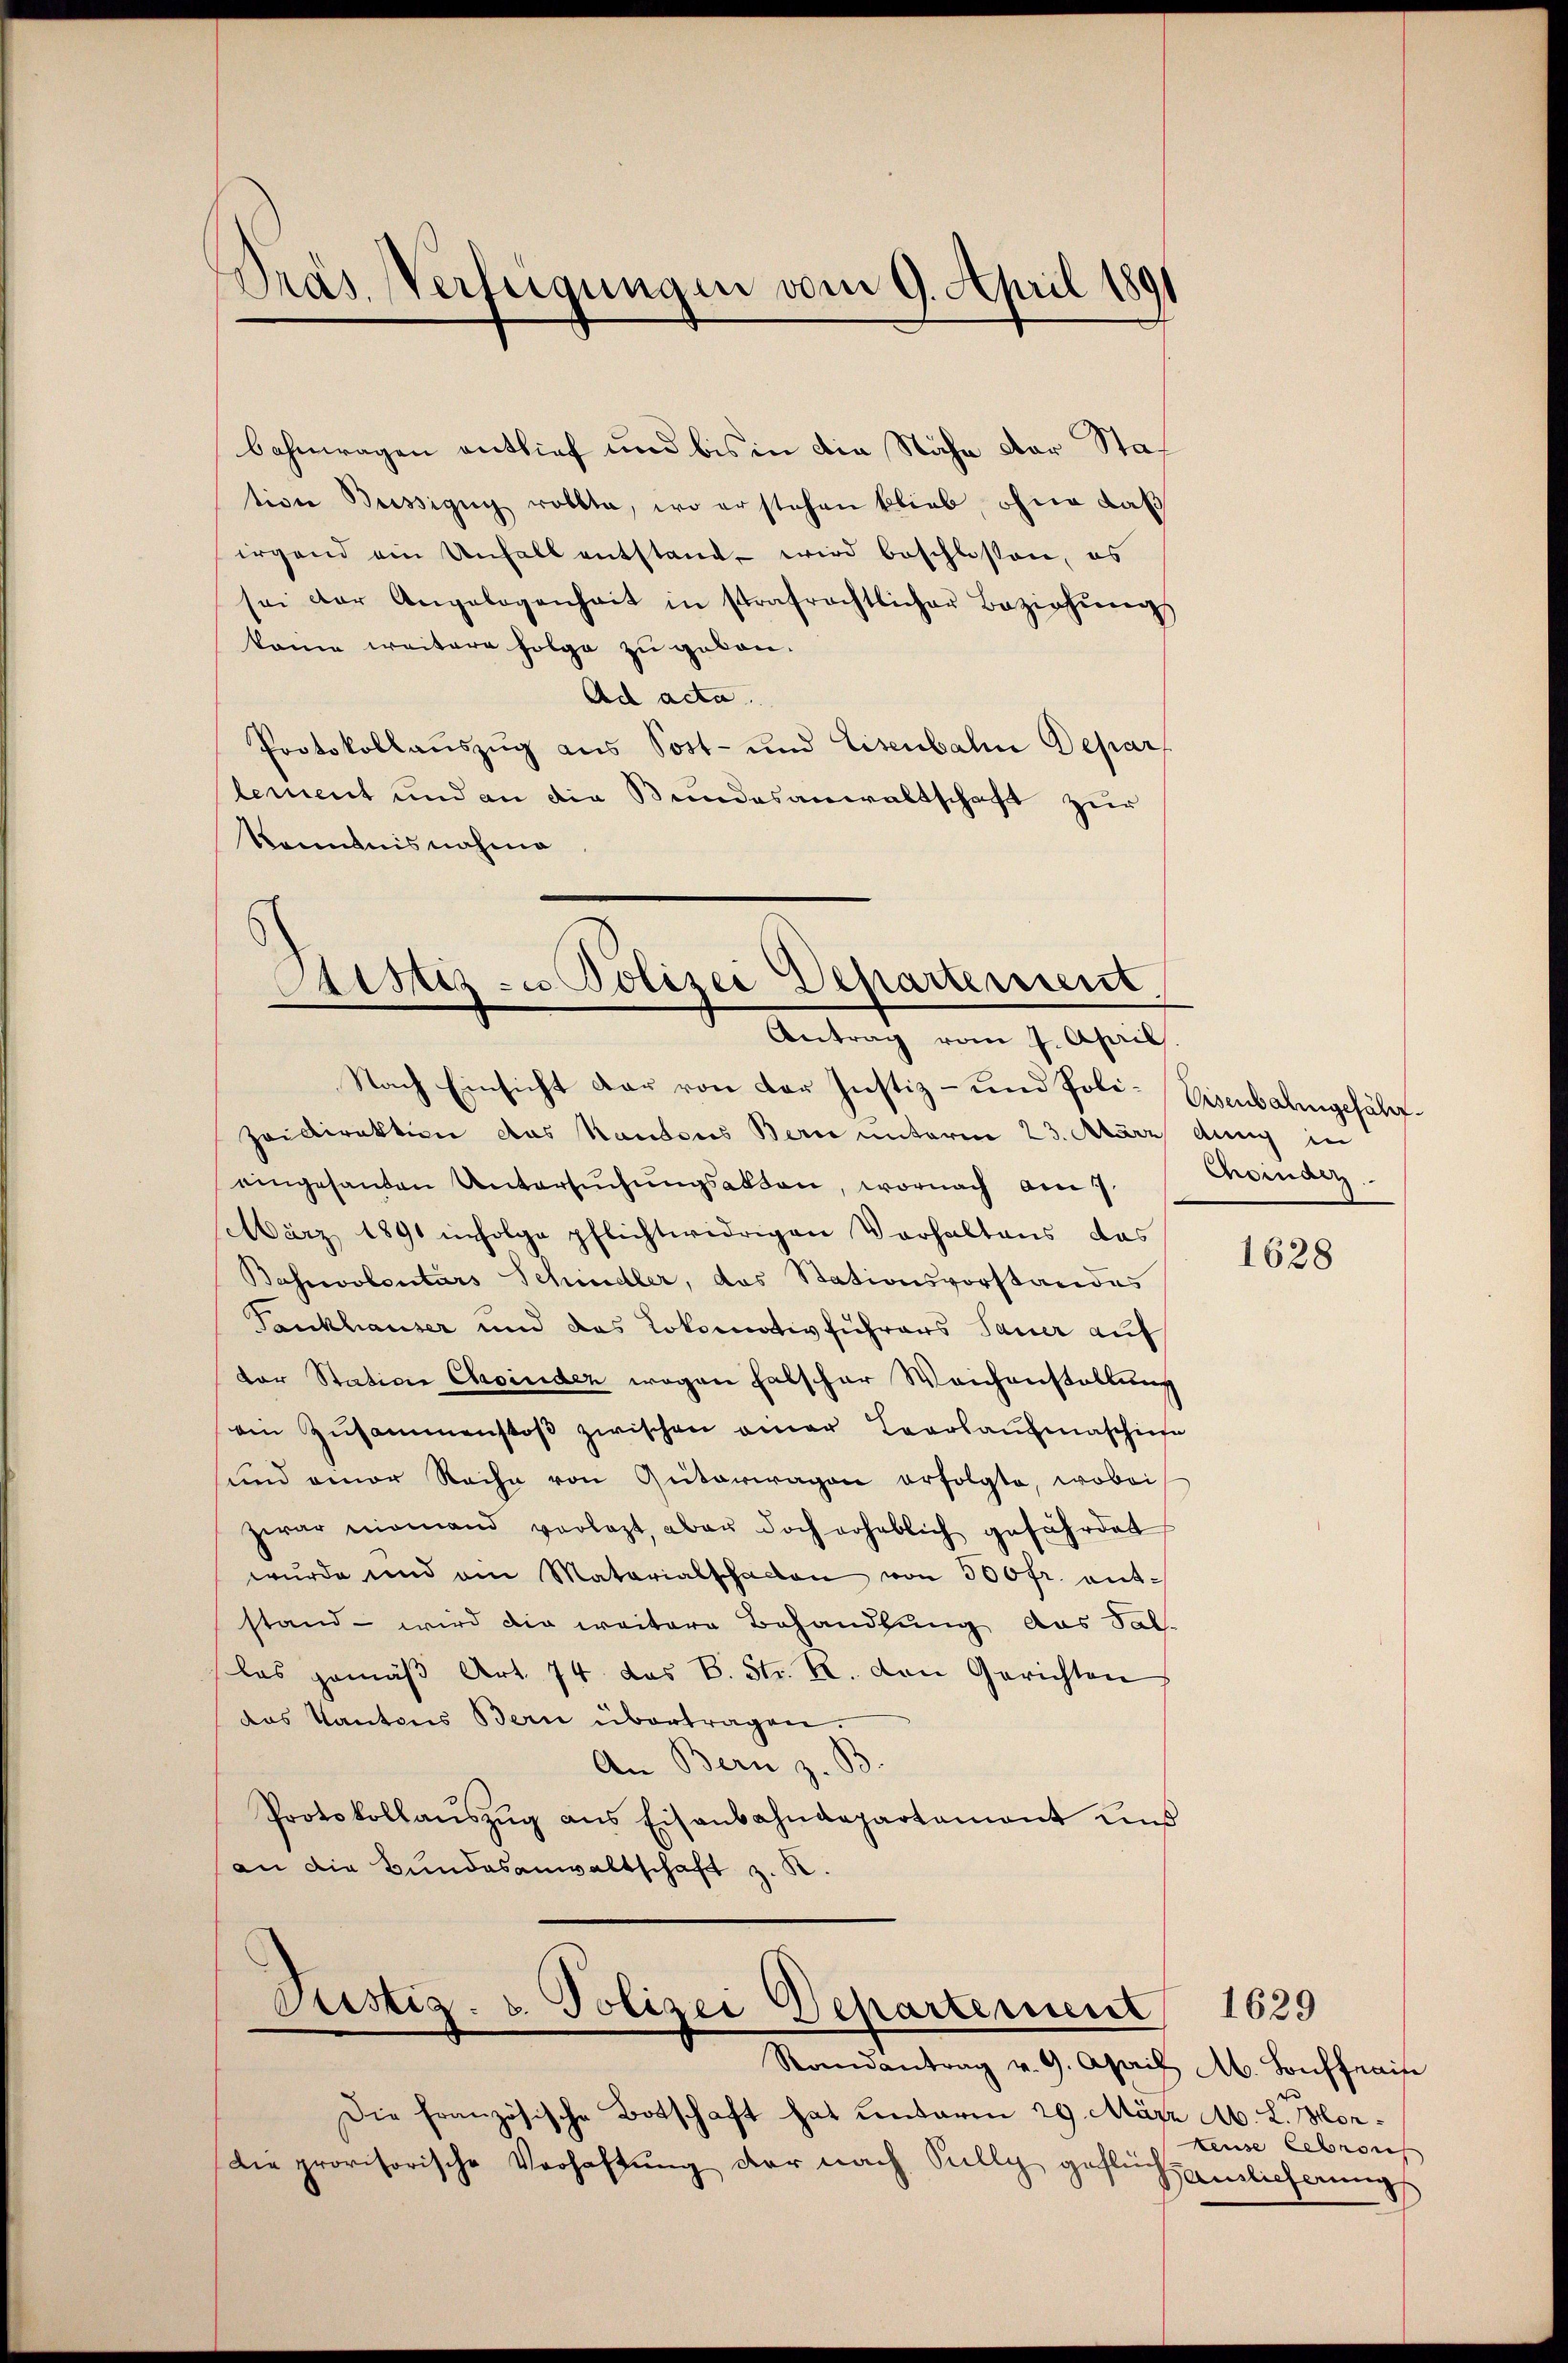
Pras Verfügungen vom 9. April 1891

Kenntnisnahme

Sistige Polizei Departement
Antrag vom 7. April
Nach Einsicht dar von der Justiz- und Poli-Eisenbahngefähr¬

bahnwagen entlief und bis in die Nähe der Station Büssigug rollte, wo erstehen blieb, ohne daß
irgend ein Unfall entstand wird beschlossen, es
sei der Angelegenheit in strafrechtlicher Beziehŭng
keine weitere Folge zu gekon¬
Ad acta.
Protokollauszug aus Post- und Eisenbahn Depar
lement und an die Bundesanwaltschaft zur

Haidirektion das Kantons Bern unterm 23. März du in
eingesanten Untersŭchŭngsakten, wornach am 7.
März 1891 infolge pflichtwidrigen Verhaltens das
Baswolentars Schindler, das Stationsvorstandes
Tankhauser und das Lokomotivführers Sauer auf
dor Station Casinder wegen falscher Weichenstellung
ein Zusammenstoβ zwischen einer Leerlaŭfmaschiese
und einer Reihe von Güterwagen erfolgte, wobei
zwar niemand vorlegt, aber doch erheblich gefährdet
wurde und am Materialschaden von 300 fr. entstand - wird die weitere Behandlung das Sal-
las gemäβ Art. 74 das B. Str. R. von Gerichten
das Kantons Bern übertragen.
An Bern z. B.
Protokollaŭszŭg ans Eisenbahndepartamant und
an die Bundesanwaltschaft z. K.

Pristiz- u. Polizei Departement

Randantrag v. 9. April Ab. Bonffrain
Die französische Botschaft hat unterm 29. März A. L. Mor¬
Die provisorische Verhaftung der nach Sully geflüch

Choinden.

1628

euse Gebraus
Hainlicherung

1629